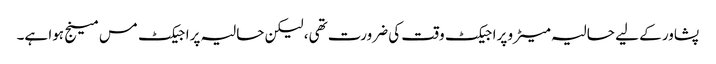
پشاور کے لیے حالیہ میٹرو پراجیکٹ وقت کی ضرورت تھی، لیکن حالیہ پراجیکٹ مس مینج ہوا ہے۔